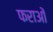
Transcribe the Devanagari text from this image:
फराओं